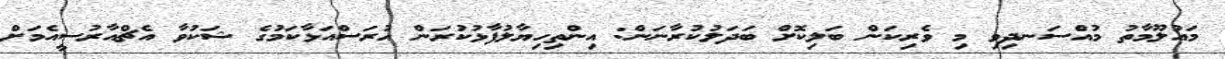
މައުލޫމާތު މުއްސަނދިވި މި ވެރިކަން ބަލިކޮށް ބަދަލުކުރާނަން: އިންތިހިޔާލުފާޅުކުރަން ހުރަސްއަޅާކަމުގެ ޝަކުވާ އެޗްއާރުސީއެމަށް